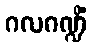
ဂလဂဏ္ဍိံ